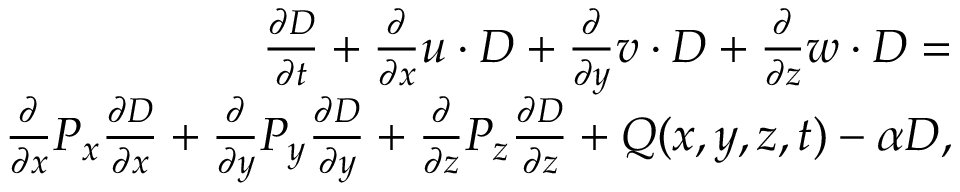
\begin{array} { r } { \frac { \partial D } { \partial t } + \frac { \partial } { \partial x } u \cdot D + \frac { \partial } { \partial y } v \cdot D + \frac { \partial } { \partial z } w \cdot D = } \\ { \frac { \partial } { \partial x } P _ { x } \frac { \partial D } { \partial x } + \frac { \partial } { \partial y } P _ { y } \frac { \partial D } { \partial y } + \frac { \partial } { \partial z } P _ { z } \frac { \partial D } { \partial z } + Q ( x , y , z , t ) - \alpha D , } \end{array}